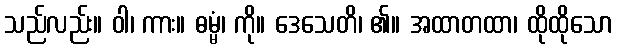
သည်လည်း။ ဝါ၊ ကား။ ဓမ္မံ၊ ကို။ ဒေသေတိ၊ ၏။ အထာတထာ၊ ထိုထိုသော